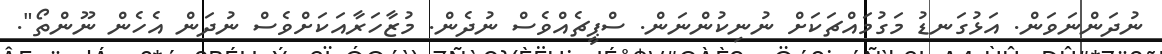
ނުދަންނަވަން. އަޅުގަނޑު މަގުމައްޗަކަށް ނުނިކުންނަން. ސްޕީޗެއްވެސް ނުދެން. މުޒާހަރާއަކަށްވެސް ނުދަން އެހެން ނޫންތޯ".